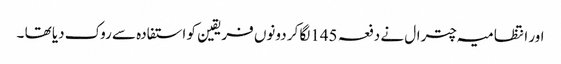
اور انتظامیہ چترال نے دفعہ 145لگا کر دونوں فریقین کو استفادہ سے روک دیا تھا ۔